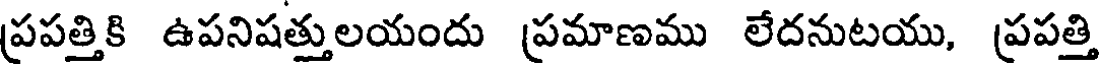
ప్రపత్తికి ఉపనిషత్తులయందు ప్రమాణము లేదనుటయు, ప్రపత్తి